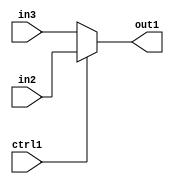
`timescale 1ps / 1ps
/*****************************************************************************
    Verilog RTL Description
    
    
    Created by: Stratus DpOpt 2019.1.01 
*******************************************************************************/

module mac_N_Mux_32_2_4_4_5 (
	in3,
	in2,
	ctrl1,
	out1
	); /* architecture "behavioural" */ 
input [31:0] in3,
	in2;
input  ctrl1;
output [31:0] out1;
wire [31:0] asc001;

reg [31:0] asc001_tmp_0;
assign asc001 = asc001_tmp_0;
always @ (ctrl1 or in2 or in3) begin
	case (ctrl1)
		1'B1 : asc001_tmp_0 = in2 ;
		default : asc001_tmp_0 = in3 ;
	endcase
end

assign out1 = asc001;
endmodule

/* CADENCE  uLXxSAg= : u9/ySgnWtBlWxVPRXgAZ4Og= ** DO NOT EDIT THIS LINE ******/